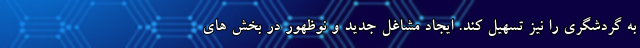
به گردشگری را نیز تسهیل کند. ایجاد مشاغل جدید و نوظهور در بخش های